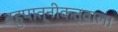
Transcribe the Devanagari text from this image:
बहुपात्नीकत्वाला